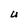
Character: U